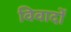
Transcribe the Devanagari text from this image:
विवादों